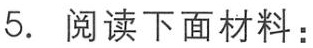
5. 阅读下面材料：